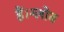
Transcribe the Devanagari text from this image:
हैं।ग्लोब